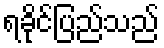
ရခိုင်ပြည်သည်